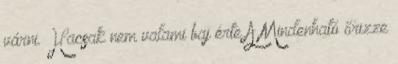
várni. Hacsak nem valami baj érte A Mindenható őrizze